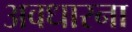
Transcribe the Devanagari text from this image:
अवधारना